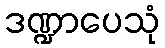
ဒဏ္ဍာပေသုံ